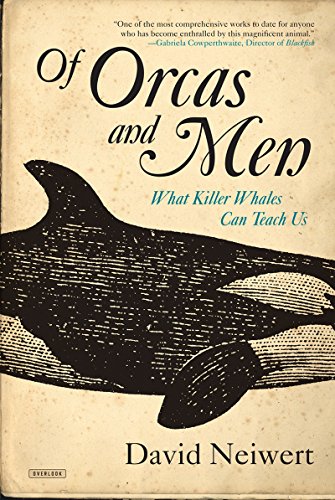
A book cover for Of Orcas and Men: What Killer Whales Can Teach Us; David Neiwert; Science & Math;